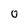
Character: O